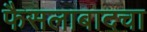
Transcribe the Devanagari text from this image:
फैसलाबादचा